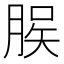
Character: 𫞆